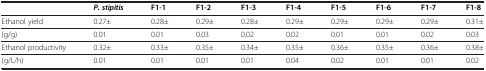
<table><thead><tr><td>[EMPTY_CELL]</td><td><b><i>P. stipitis</i></b></td><td><b>F1-1</b></td><td><b>F1-2</b></td><td><b>F1-3</b></td><td><b>F1-4</b></td><td><b>F1-5</b></td><td><b>F1-6</b></td><td><b>F1-7</b></td><td><b>F1-8</b></td></tr></thead><tbody><tr><td>Ethanol yield</td><td>0.27±</td><td>0.28±</td><td>0.29±</td><td>0.28±</td><td>0.29±</td><td>0.29±</td><td>0.29±</td><td>0.29±</td><td>0.31±</td></tr><tr><td>(g/g)</td><td>0.01</td><td>0.01</td><td>0.03</td><td>0.02</td><td>0.02</td><td>0.01</td><td>0.01</td><td>0.02</td><td>0.03</td></tr><tr><td>Ethanol productivity</td><td>0.32±</td><td>0.33±</td><td>0.35±</td><td>0.34±</td><td>0.35±</td><td>0.36±</td><td>0.35±</td><td>0.36±</td><td>0.38±</td></tr><tr><td>(g/L/h)</td><td>0.01</td><td>0.01</td><td>0.01</td><td>0.01</td><td>0.04</td><td>0.02</td><td>0.01</td><td>0.01</td><td>0.02</td></tr></tbody></table>